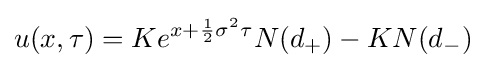
u(x,\tau )=Ke^{x+{\frac {1}{2}}\sigma ^{2}\tau }N(d_{+})-KN(d_{-})